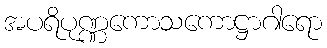
အပရိပုဏ္ဏကောသကောဋ္ဌာဂါရော